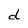
Character: d